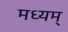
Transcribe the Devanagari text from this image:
मध्यम्